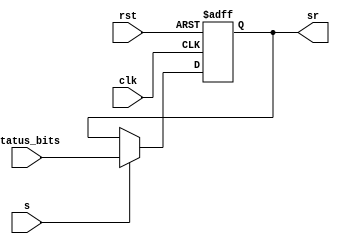
module StatusRegister (input clk, rst, s, input [3:0]status_bits, output reg [3:0]sr);
  
  always @ (negedge clk, posedge rst) begin
    if (rst) sr <= 4'b0000;
    else if (s) sr <= status_bits;
  end

endmodule